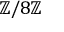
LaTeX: \mathbb { Z } / 8 \mathbb { Z }